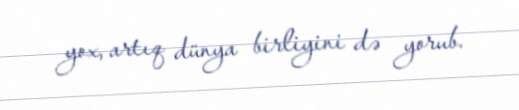
yox, artıq dünya birliyini də yorub.